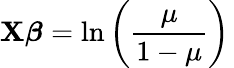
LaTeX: \mathbf{X}{\boldsymbol{\beta}}=\ln\left({\frac{\mu}{1-\mu}}\right)\,